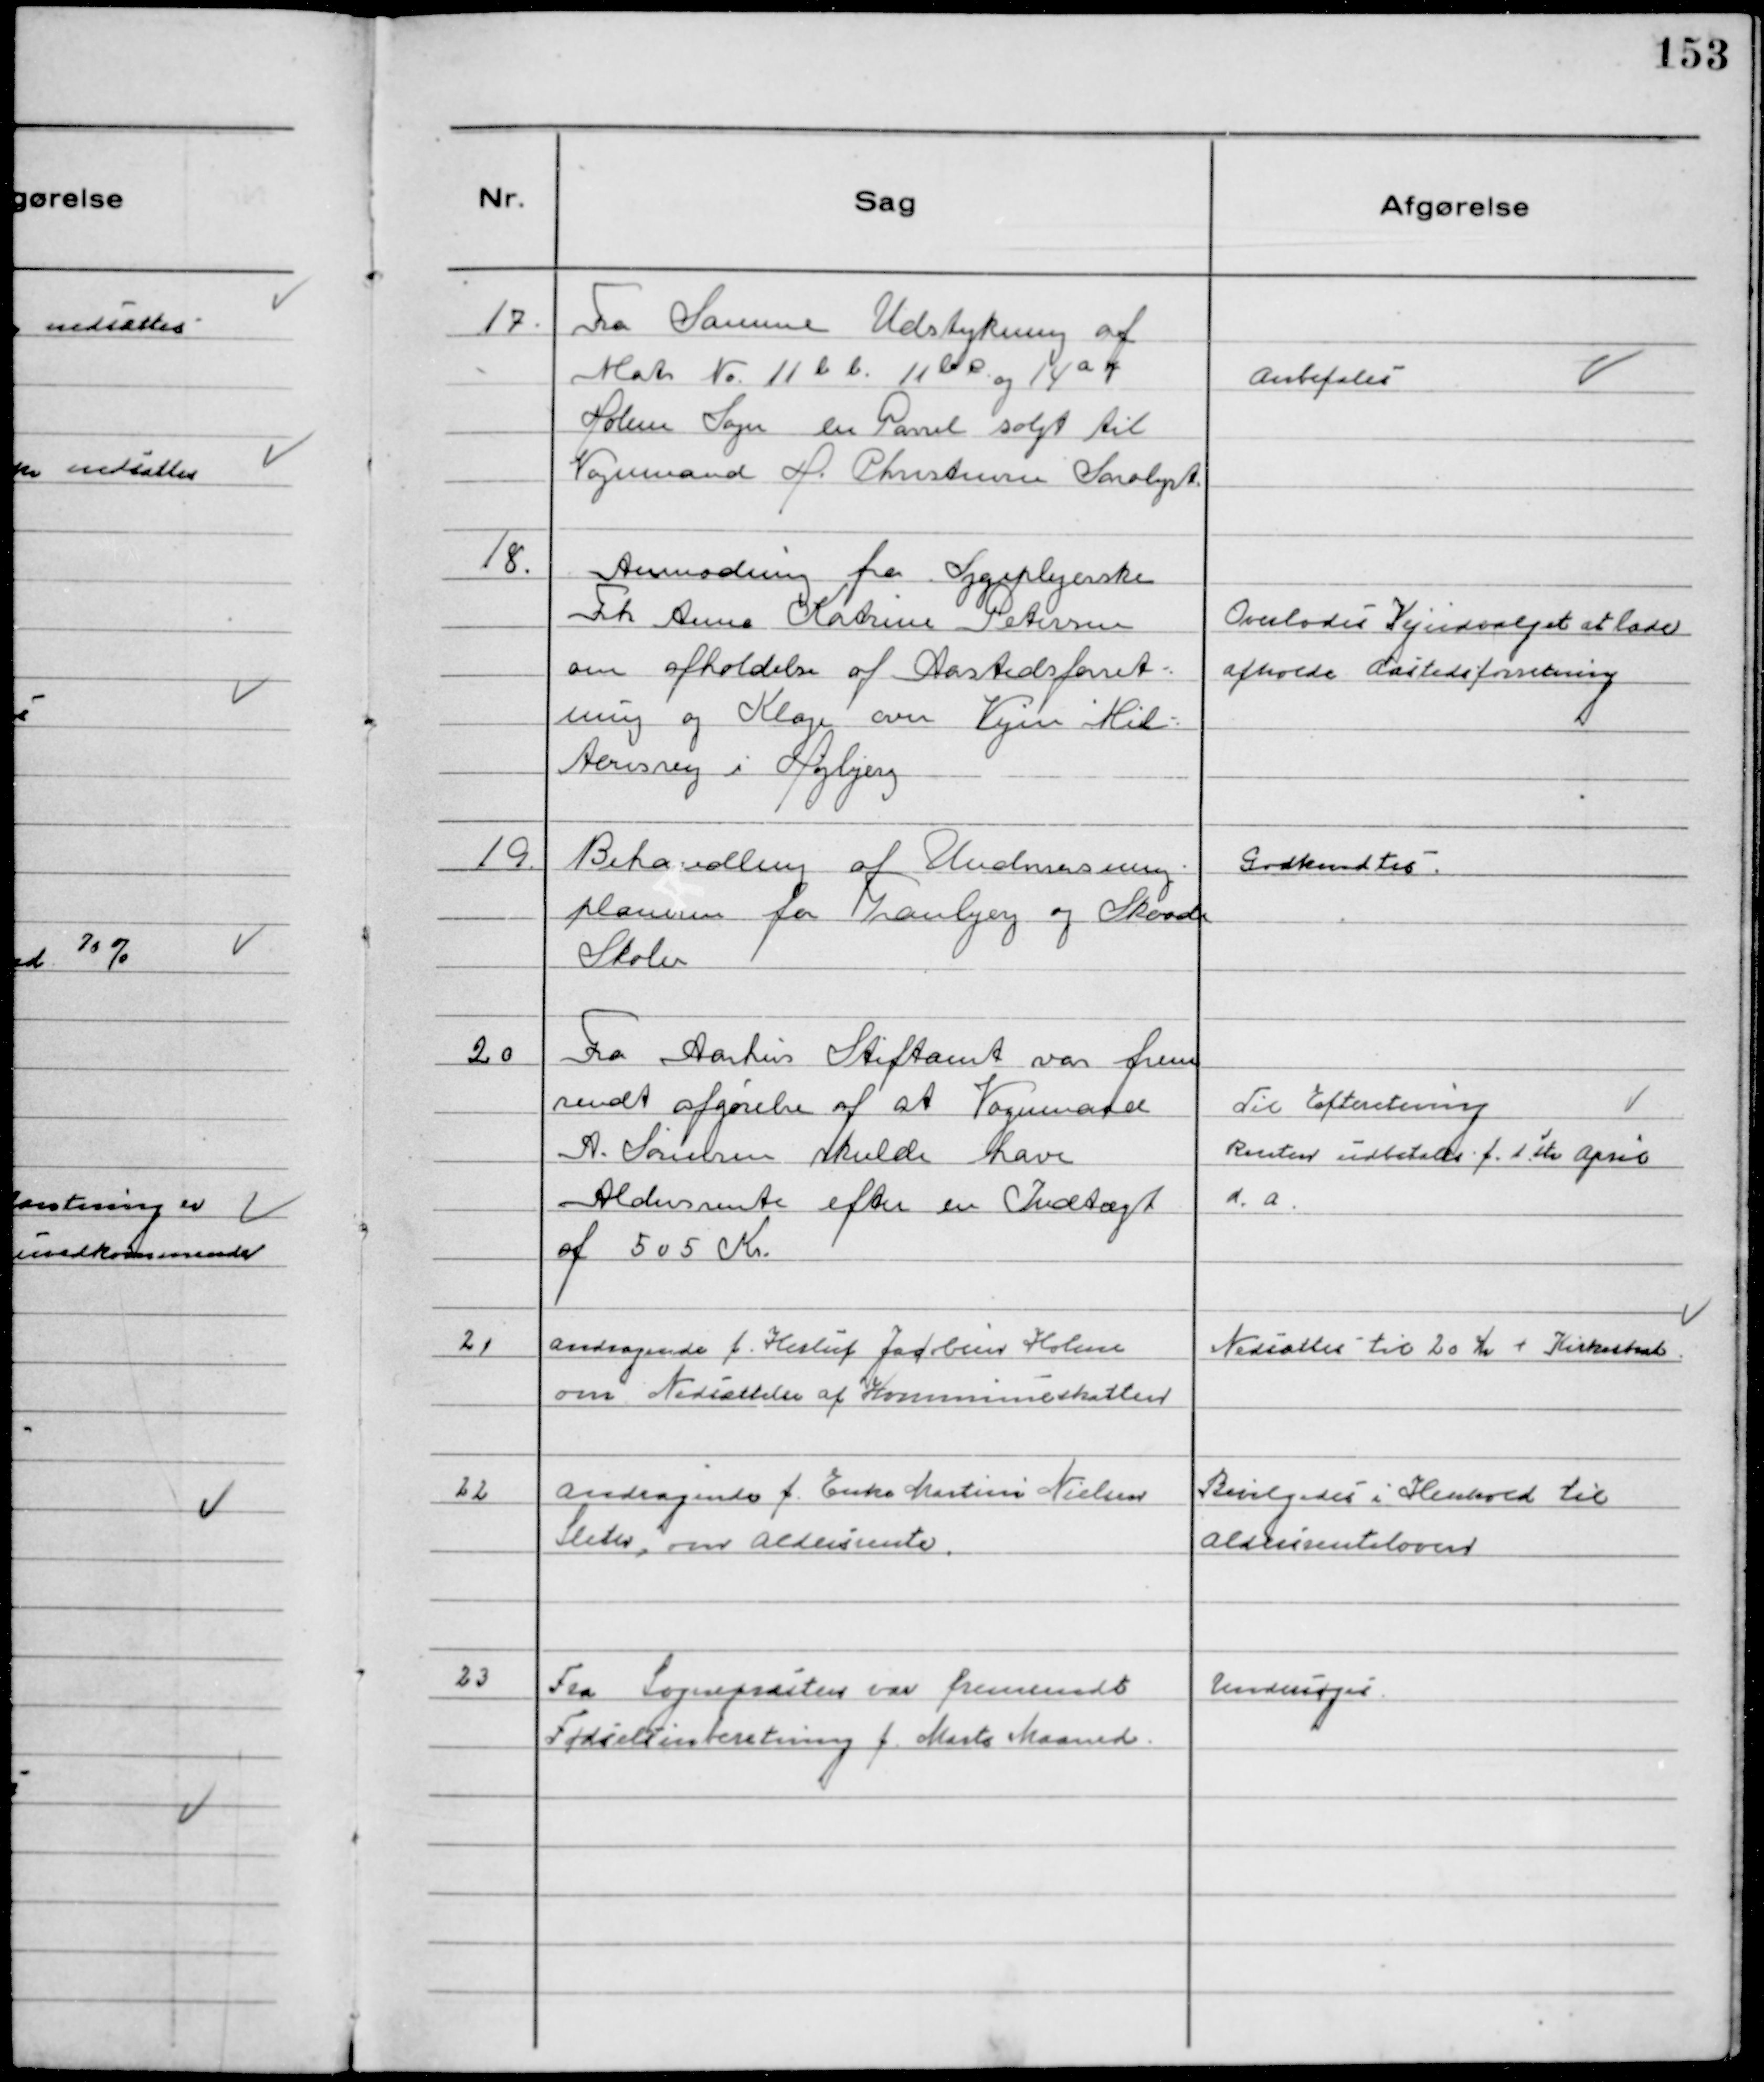
Transskription:
17.
Fra Samme Udstykning af
Matr № 11 b b. 11 b c og 14 a y
Holme Sogn en Parsel solgt til
Vognmand H. Christensen Saralyst.

Anbefales

18.
Anmodning fra Sygeplejerske
Frk Anne Katrine Petersen
om afholdelse af Aastedsforret-
ning og Klage over Vejen Mil-
tonsvej i Højbjerg

Overlodes Vejudvalget at lade
afholde Aastedsforretning

19.
Behandling af Undervisning-
planen for Tranbjerg og Skaade
Skoler

Godkendtes

20
Fra Aarhus Stiftamt var frem
sendt afgørelse af at Vognmand
A. Sørensen skulde have
Aldersrente efter en Indtægt
af 505 Kr.

Til Efteretning
Renten udbetales f. 1. ste April
d.a.

21
Andragende f. Herluf Jacobsen Holme
om Nedsættelse af Kommuneskatten

Nedsattes til 20 Kr + Kirkeskat.

22
Andragende f. Enke Martine Nielsen
Sleth, om Aldersrente.

Bevilgedes i Henhold til
Aldersrenteloven

23
Fra Sognepræsten var fremsendt
Fødselsinberetning f. Marts Maaned.

Undersøges